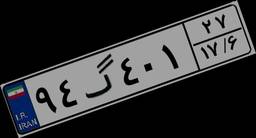
۹۴گ۴۰۱۲۷